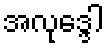
အလုဒ္ဒေါ